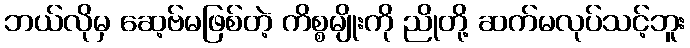
ဘယ်လိုမှ ဆေ့ဗ်မဖြစ်တဲ့ ကိစ္စမျိုးကို ညိုတို့ ဆက်မလုပ်သင့်ဘူး